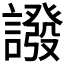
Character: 𧬋